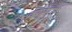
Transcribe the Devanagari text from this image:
क्यूमर्स